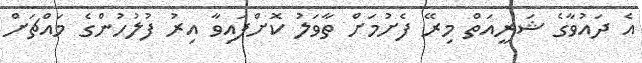
އެ ދައުވާގެ ޝަރީއަތް މިރޭ ފެށުމަށް ތާވަލު ކޮށްފައިވާ އިރު ފުލުހުންގެ މައްޗަށް